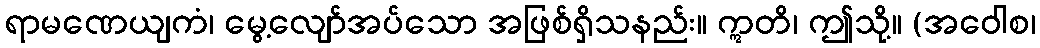
ရာမဏေယျကံ၊ မွေ့လျော်အပ်သော အဖြစ်ရှိသနည်း။ ဣတိ၊ ဤသို့။ (အဝေါစ၊